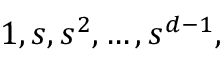
1 , s , s ^ { 2 } , \ldots , s ^ { d - 1 } ,